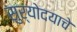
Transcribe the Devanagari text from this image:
सुर्योदयाचे